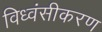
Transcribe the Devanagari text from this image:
विध्वंसीकरण